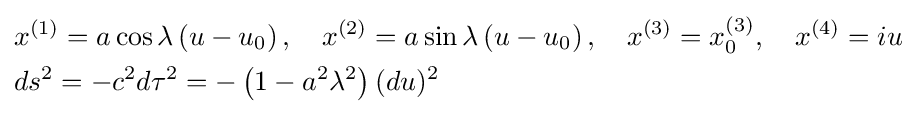
{\begin{aligned}&x^{(1)}=a\cos \lambda \left(u-u_{0}\right),\quad x^{(2)}=a\sin \lambda \left(u-u_{0}\right),\quad x^{(3)}=x_{0}^{(3)},\quad x^{(4)}=iu\\&ds^{2}=-c^{2}d\tau ^{2}=-\left(1-a^{2}\lambda ^{2}\right)(du)^{2}\end{aligned}}